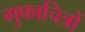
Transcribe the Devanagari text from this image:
गुफाचित्रों